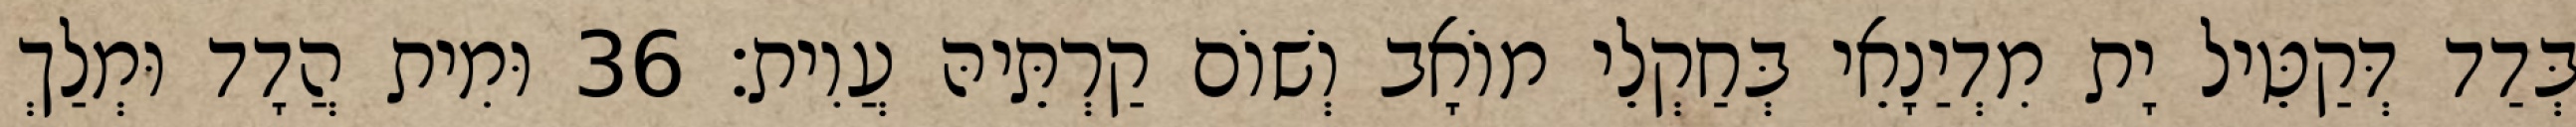
בְּדַד דְּקַטֵּיל יָת מִדְיַנָאֵי בְּחַקְלֵי מוֹאָב וְשׁוֹם קַרְתֵּיהּ עֲוִית׃ 36 וּמִית הֲדָד וּמְלַךְ